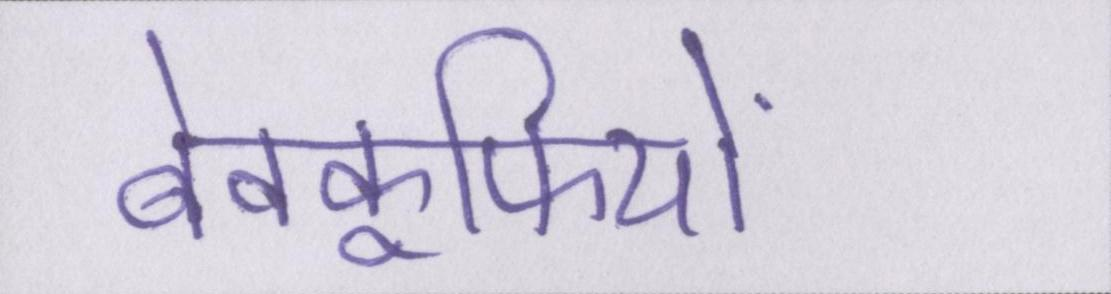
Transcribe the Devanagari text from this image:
बेवकूफियों